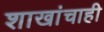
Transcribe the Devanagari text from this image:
शाखांचाही